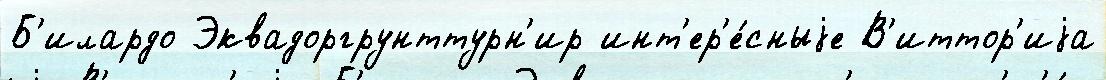
Б'илардо Эквадоргрунттурн'ир инт'ер'е́сныjе В'иттор'иjа